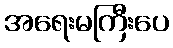
အရေးမကြီးပေ